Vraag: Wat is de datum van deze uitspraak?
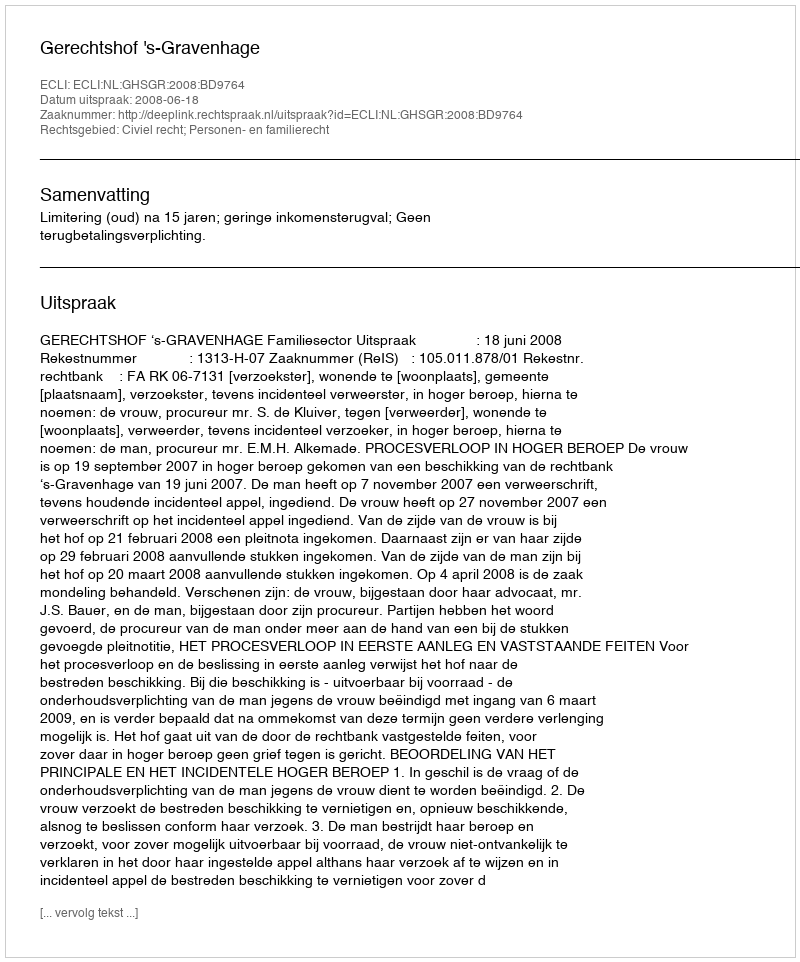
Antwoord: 2008-06-18